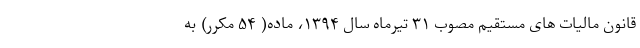
قانون مالیات ­های مستقیم مصوب ۳۱ تیرماه سال ۱۳۹۴، ماده( ۵۴ مکرر) به